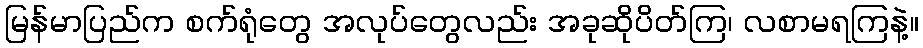
မြန်မာပြည်က စက်ရုံတွေ အလုပ်တွေလည်း အခုဆိုပိတ်ကြ၊ လစာမရကြနဲ့။